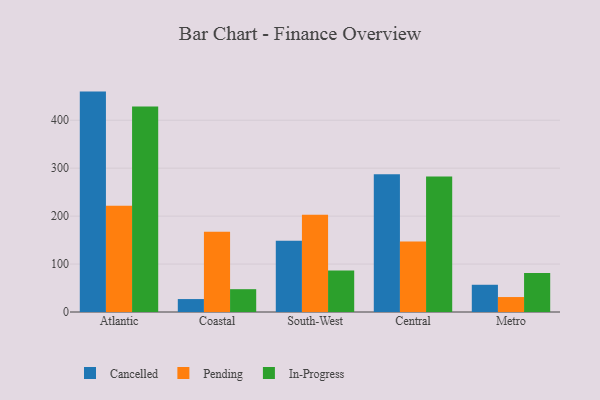
{"axis": {"x": "Region", "y": "Net Income (USD K)"}, "legend": ["Cancelled", "In-Progress", "Pending"], "data": [{"x": "Atlantic", "y": 459.7, "type": "Cancelled"}, {"x": "Atlantic", "y": 221.7, "type": "Pending"}, {"x": "Atlantic", "y": 428.6, "type": "In-Progress"}, {"x": "Coastal", "y": 27.0, "type": "Cancelled"}, {"x": "Coastal", "y": 167.2, "type": "Pending"}, {"x": "Coastal", "y": 47.6, "type": "In-Progress"}, {"x": "South-West", "y": 148.6, "type": "Cancelled"}, {"x": "South-West", "y": 202.9, "type": "Pending"}, {"x": "South-West", "y": 86.4, "type": "In-Progress"}, {"x": "Central", "y": 287.5, "type": "Cancelled"}, {"x": "Central", "y": 146.8, "type": "Pending"}, {"x": "Central", "y": 282.4, "type": "In-Progress"}, {"x": "Metro", "y": 56.8, "type": "Cancelled"}, {"x": "Metro", "y": 31.2, "type": "Pending"}, {"x": "Metro", "y": 81.2, "type": "In-Progress"}]}